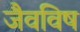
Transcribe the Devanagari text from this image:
जैवविष